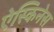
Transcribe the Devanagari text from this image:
ऐस्किनेस